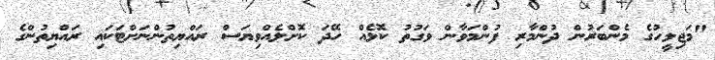
"މަޖިލީހުގެ މެންބަރުން ދުންމާރި ފުންމަވާން ވަގުތު ކޮޅެއް ހޭދަ ކޮށްލެއްވިޔަސް ރައްޔިތުންނަށްޓަކައި ރައްޔިތުންގެ